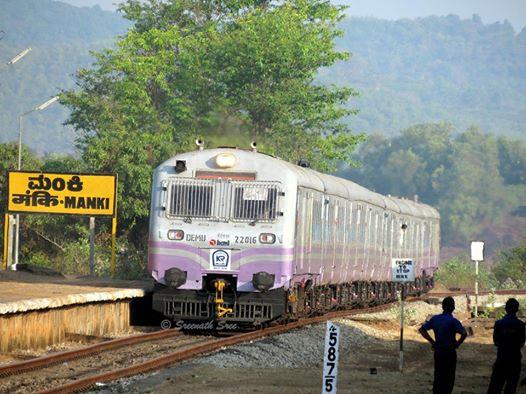
Language: kannada
Transcription: ಮಂಕಿ